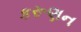
કરૂણન